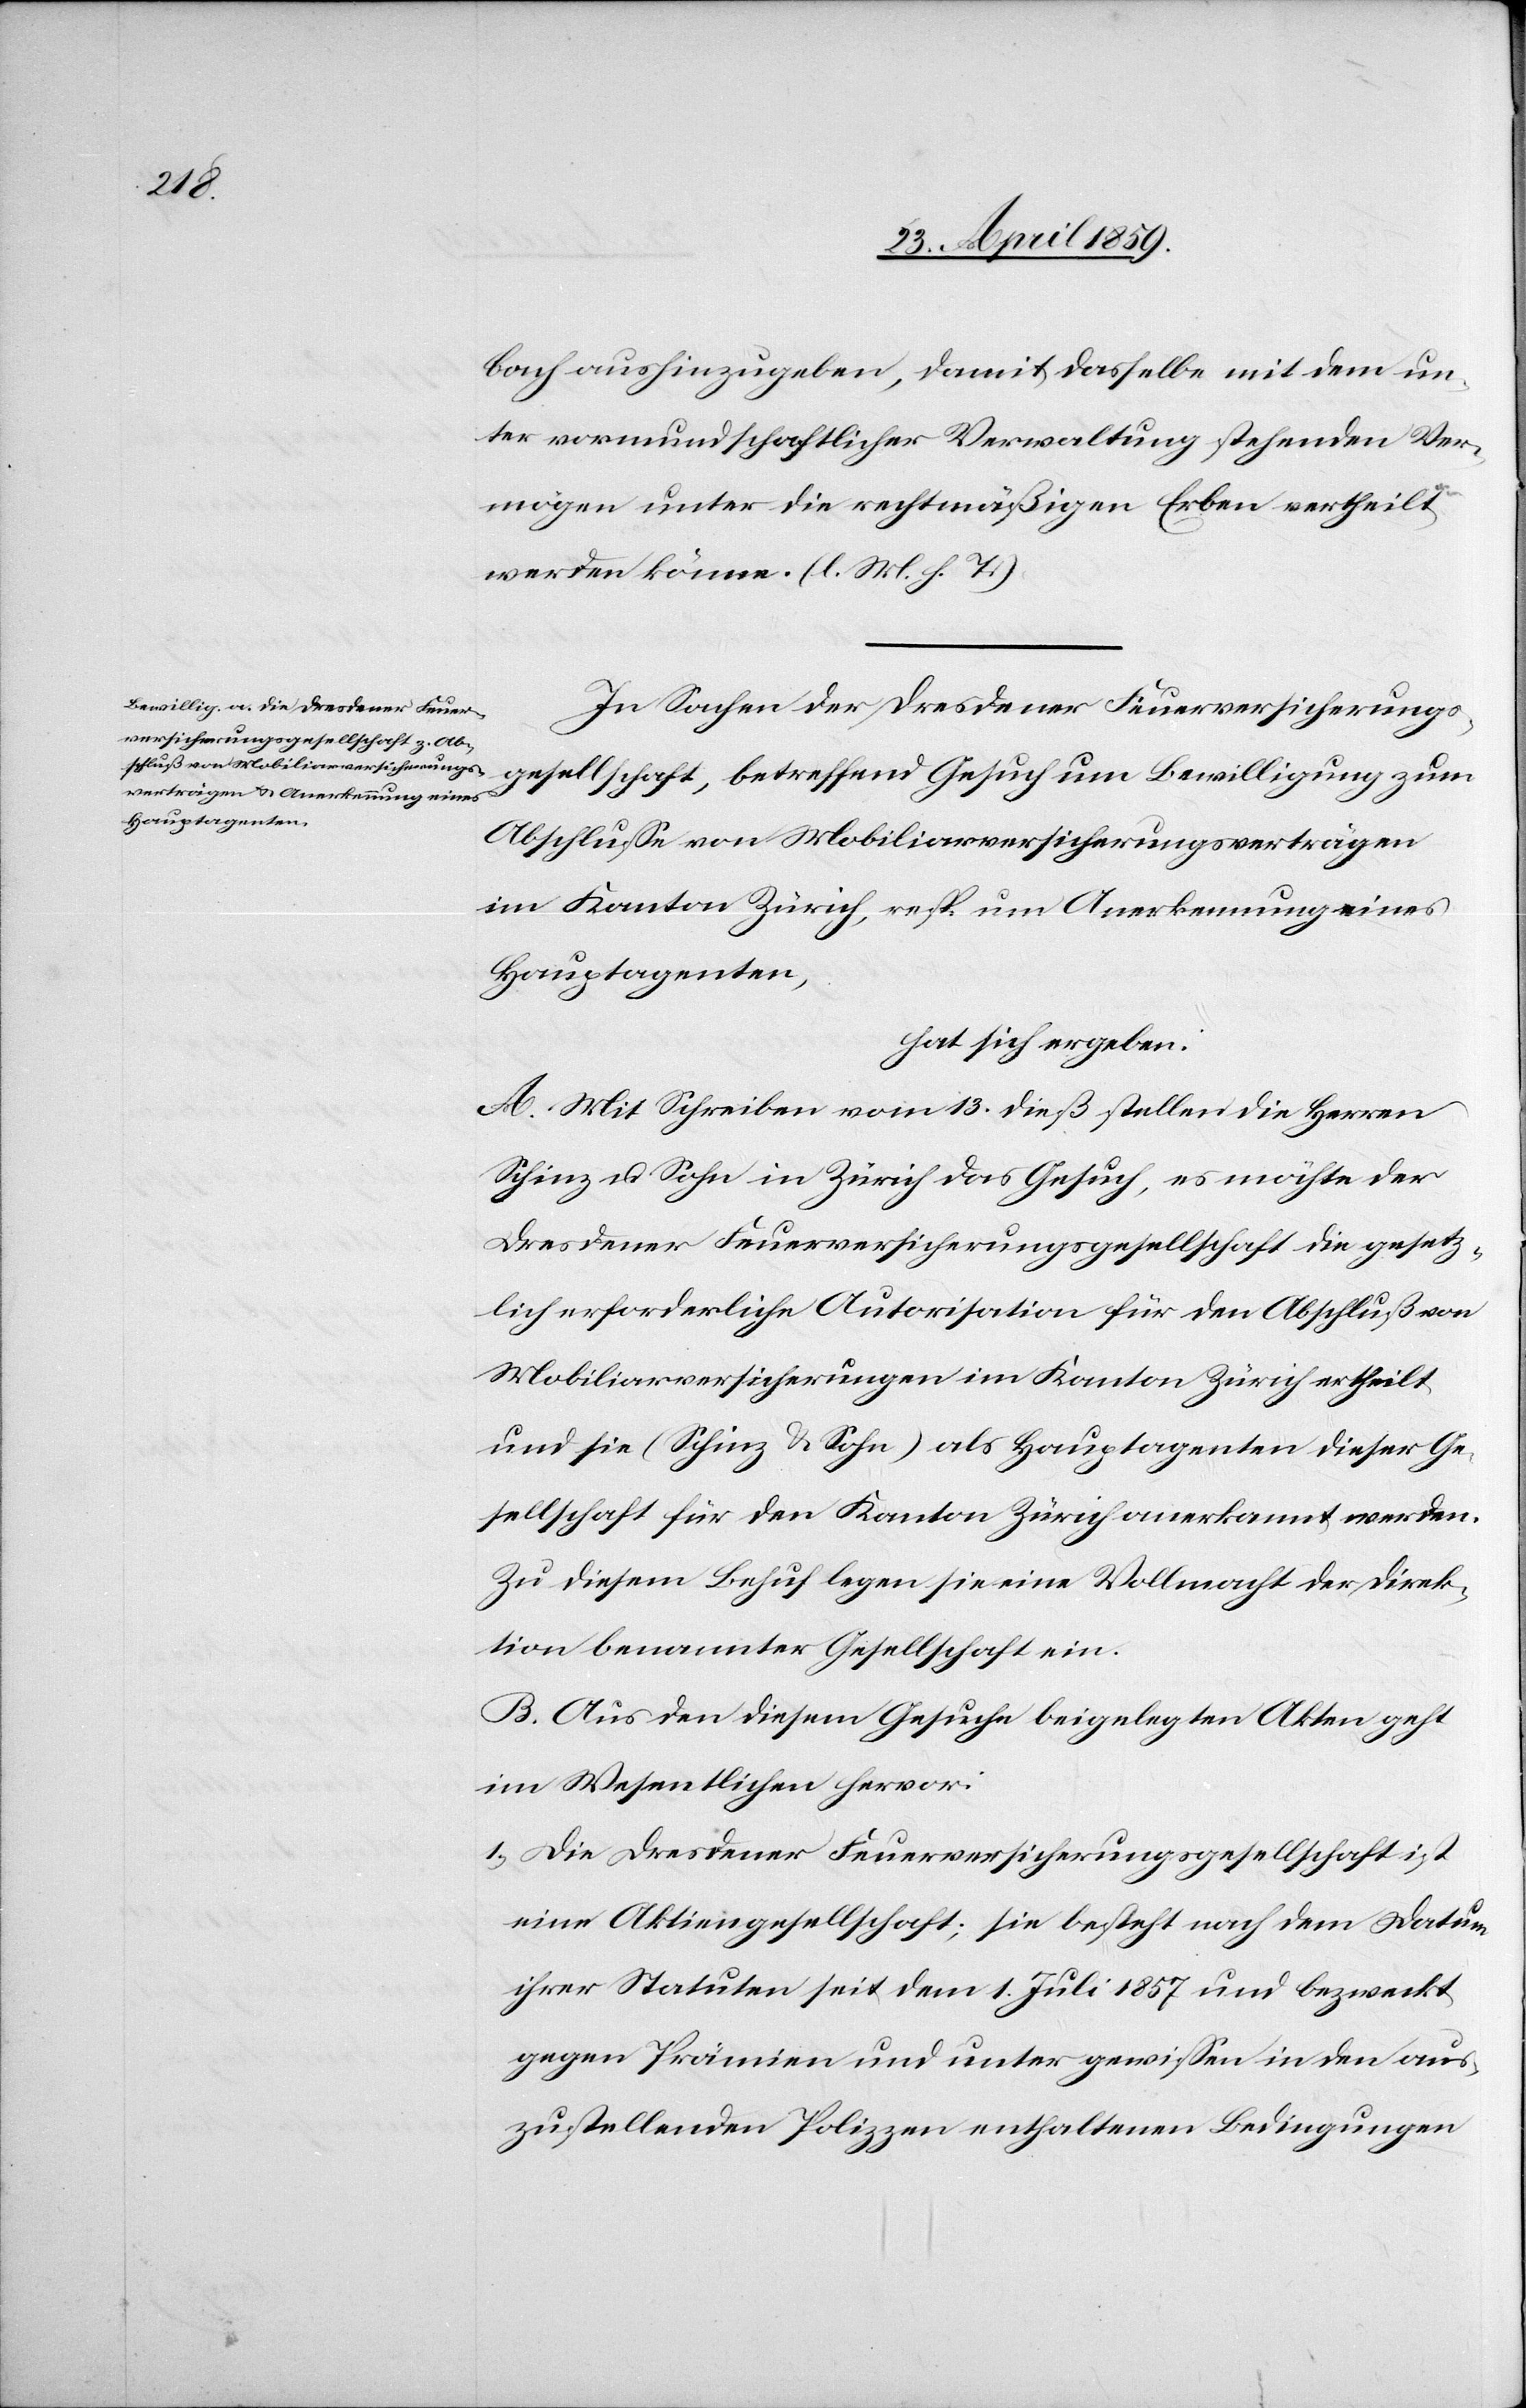
bach aushinzugeben, damit dasselbe mit dem un¬
ter vormundschaftlicher Verwaltung stehenden Ver¬
mögen unter die rechtmäßigen Erben vertheilt
werden könne. (l. M. h. T.)
In Sachen der Dresdener Feuerversicherungs¬
gesellschaft, betreffend Gesuch um Bewilligung zum
Abschluße von Mobiliarversicherungsverträgen
im Kanton Zürich, resp. um Anerkennung eines
Hauptagenten,
hat sich ergeben:
A. Mit Schreiben vom 13. dieß stellen die Herren
Schinz u. Sohn in Zürich das Gesuch, es möchte der
Dresdener Feuerversicherungsgesellschaft die gesetz¬
lich erforderliche Autorisation für den Abschluß von
Mobiliarversicherungen im Kanton Zürich ertheilt
und sie (Schinz & Sohn) als Hauptagenten dieser Ge¬
sellschaft für den Kanton Zürich anerkannt werden.
Zu diesem Behuf legen sie eine Vollmacht der Direk¬
tion benannter Gesellschaft ein.
B. Aus den diesem Gesuche beigelegten Akten geht
im Wesentlichen hervor:
1) Die Dresdener Feuerversicherungsgesellschaft ist
eine Aktiengesellschaft; sie besteht nach dem Datum
ihrer Statuten seit dem 1. Juli 1857 und bezweckt
gegen Prämien und unter gewißen in den aus¬
zustellenden Polizzen enthaltenen Bedingungen